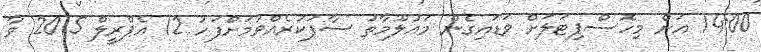
14:00 އަށް މިހޮސްޕިޓަލަށް ވަޑައިގެން މަޢުލޫމާތު ސާފުކުރެއްވުމަށްފަހު 12 އެޕްރީލް 2015 ވާ